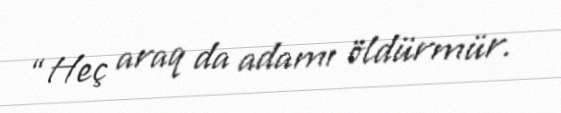
“Heç araq da adamı öldürmür.